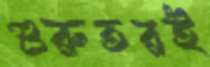
গুরুতরই